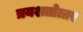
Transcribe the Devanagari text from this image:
त्रयशतोत्तर